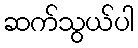
ဆက်သွယ်ပါ